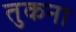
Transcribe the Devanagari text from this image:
तुकना